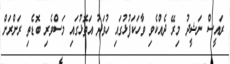
ރައީސް ނަޝީދު މިރޭ ދެއްކެވި ވާހަކަފުޅުގައި ހުވަދު އަތޮޅުގައި މަސްވެރި ބޮޑެތި ރަށްރަަށް